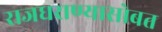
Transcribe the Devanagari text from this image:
राजघराण्यासोबत